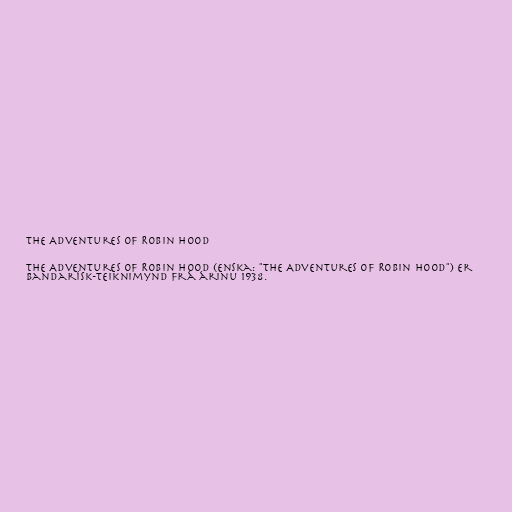
The Adventures of Robin Hood

The Adventures of Robin Hood (enska: "The Adventures of Robin Hood") er
bandarísk-teiknimynd frá árinu 1938.